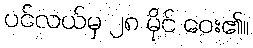
ပင်လယ်မှ ၂၈ မိုင် ဝေး၏။